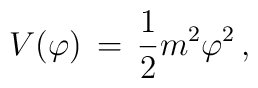
V(\varphi) \, = \, {1 \over 2} m^2 \varphi^2 \, ,